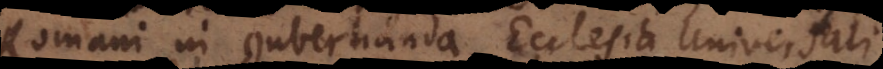
Romani in gubernanda Ecclesia universali